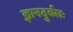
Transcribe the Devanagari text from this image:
ज्ञानदुर्बलः